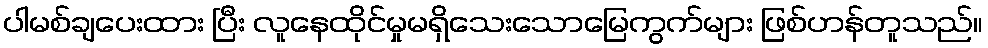
ပါမစ်ချပေးထား ပြီး လူနေထိုင်မှုမရှိသေးသောမြေကွက်များ ဖြစ်ဟန်တူသည်။